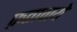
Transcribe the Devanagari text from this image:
फ़तावाये